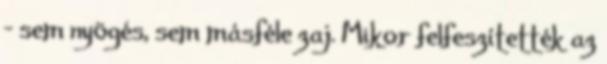
- sem nyögés, sem másféle zaj. Mikor felfeszítették az